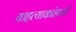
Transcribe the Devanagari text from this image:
याहत्याकांडाची